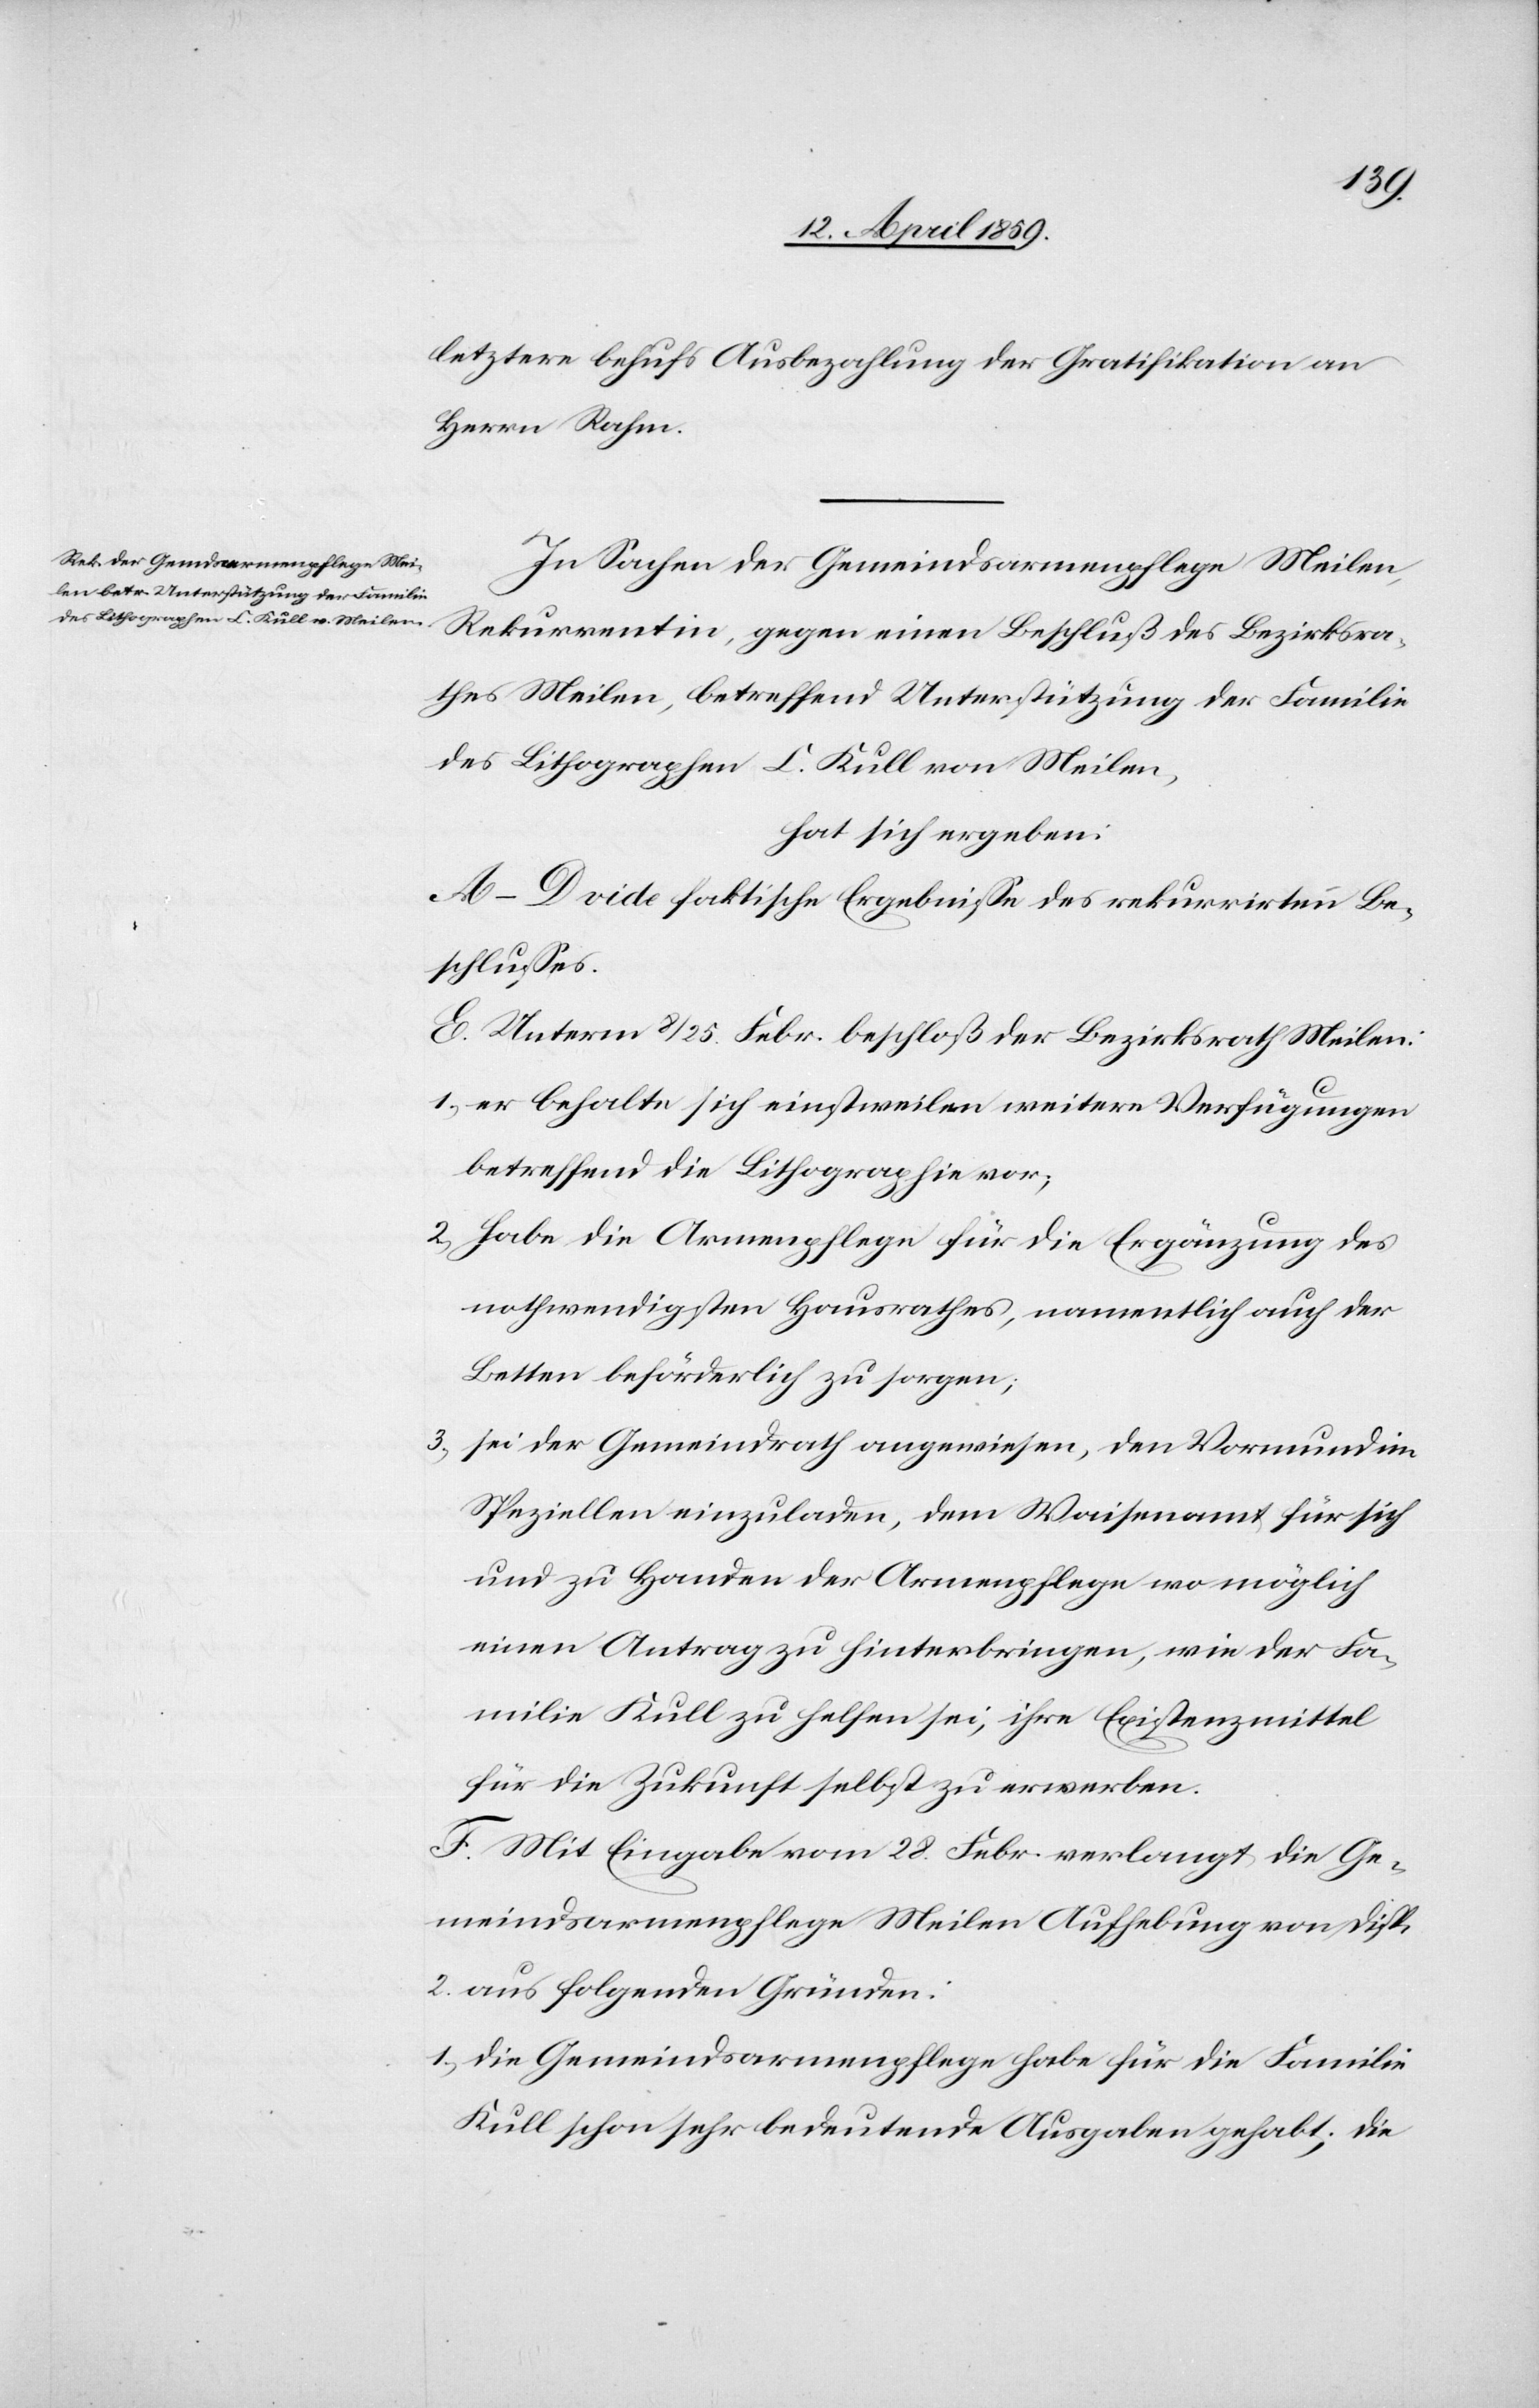
letztere behufs Ausbezahlung der Gratifikation an
Herrn Rahm.
In Sachen der Gemeindsarmenpflege Meilen,
Rekurrentin, gegen einen Beschluß des Bezirksra¬
thes Meilen, betreffend Unterstützung der Familie
des Lithographen C. Kull von Meilen,
hat sich ergeben:
A(D vide faktische Ergebniße des rekurrirten Be¬
schlußes.
E. Unterm 8/25. Febr. beschloß der Bezirksrath Meilen:
1) er behalte sich einstweilen weitere Verfügungen
betreffend die Lithographie vor;
2) habe die Armenpflege für die Ergänzung des
nothwendigsten Hausrathes, namentlich auch der
Betten beförderlich zu sorgen;
3) sei der Gemeindrath angewiesen, den Vormund im
Speziellen einzuladen, dem Waisenamt für sich
und zu Handen der Armenpflege wo möglich
einen Antrag zu hinterbringen, wie der Fa¬
milie Kull zu helfen sei, ihre Existenzmittel
für die Zukunft selbst zu erwerben.
F. Mit Eingabe vom 28. Febr. verlangt die Ge¬
meindsarmenpflege Meilen Aufhebung von Disp.
2. aus folgenden Gründen:
1) Die Gemeindsarmenpflege habe für die Familie
Kull schon sehr bedeutende Ausgaben gehabt; die